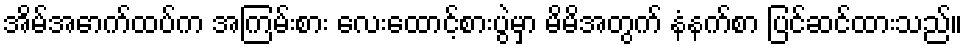
အိမ်အောက်ထပ်က အကြမ်းစား လေးထောင့်စားပွဲမှာ မိမိအတွက် နံနက်စာ ပြင်ဆင်ထားသည်။